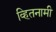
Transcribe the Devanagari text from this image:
व्हितनामी